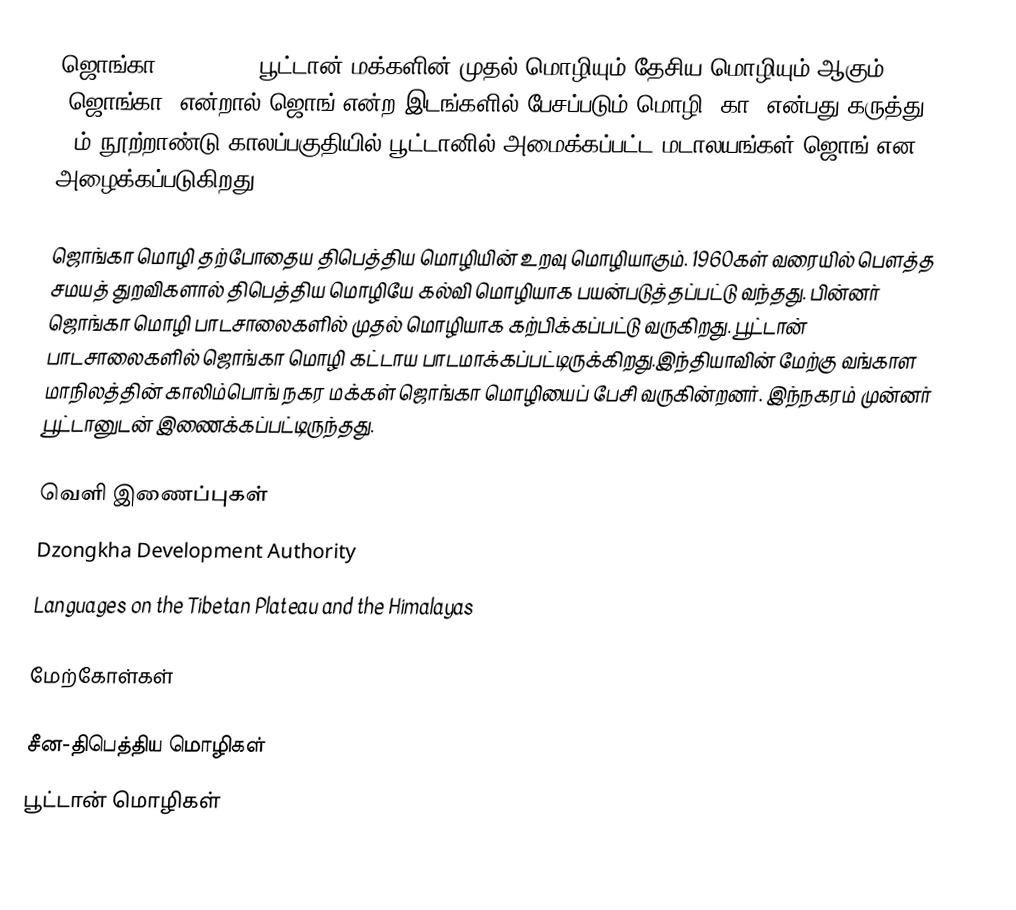
ஜொங்கா (Dzongkha) பூட்டான் மக்களின் முதல் மொழியும் தேசிய மொழியும் ஆகும். "ஜொங்கா" என்றால் ஜொங் என்ற இடங்களில் பேசப்படும் மொழி (கா) என்பது கருத்து. 17ம் நூற்றாண்டு காலப்பகுதியில் பூட்டானில் அமைக்கப்பட்ட மடாலயங்கள் ஜொங் என அழைக்கப்படுகிறது.

ஜொங்கா மொழி தற்போதைய திபெத்திய மொழியின் உறவு மொழியாகும். 1960கள் வரையில் பௌத்த சமயத் துறவிகளால் திபெத்திய மொழியே கல்வி மொழியாக பயன்படுத்தப்பட்டு வந்தது. பின்னர் ஜொங்கா மொழி பாடசாலைகளில் முதல் மொழியாக கற்பிக்கப்பட்டு வருகிறது. பூட்டான் பாடசாலைகளில் ஜொங்கா மொழி கட்டாய பாடமாக்கப்பட்டிருக்கிறது.இந்தியாவின் மேற்கு வங்காள மாநிலத்தின் காலிம்பொங் நகர மக்கள் ஜொங்கா மொழியைப் பேசி வருகின்றனர். இந்நகரம் முன்னர் பூட்டானுடன் இணைக்கப்பட்டிருந்தது.

வெளி இணைப்புகள்
 Dzongkha Development Authority
 Languages on the Tibetan Plateau and the Himalayas

மேற்கோள்கள்

சீன-திபெத்திய மொழிகள்
பூட்டான் மொழிகள்